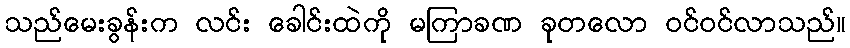
သည်မေးခွန်းက လင်း ခေါင်းထဲကို မကြာခဏ ခုတလော ဝင်ဝင်လာသည်။